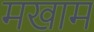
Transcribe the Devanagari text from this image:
मखाम